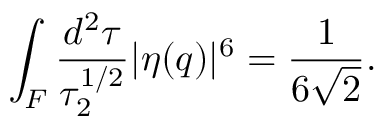
\int _ { F } \frac { d ^ { 2 } \tau } { \tau _ { 2 } ^ { 1 / 2 } } | \eta ( q ) | ^ { 6 } = \frac { 1 } { 6 \sqrt { 2 } } .